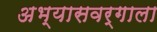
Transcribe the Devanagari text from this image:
अभ्यासवर्गाला